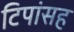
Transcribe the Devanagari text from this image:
टिपांसह